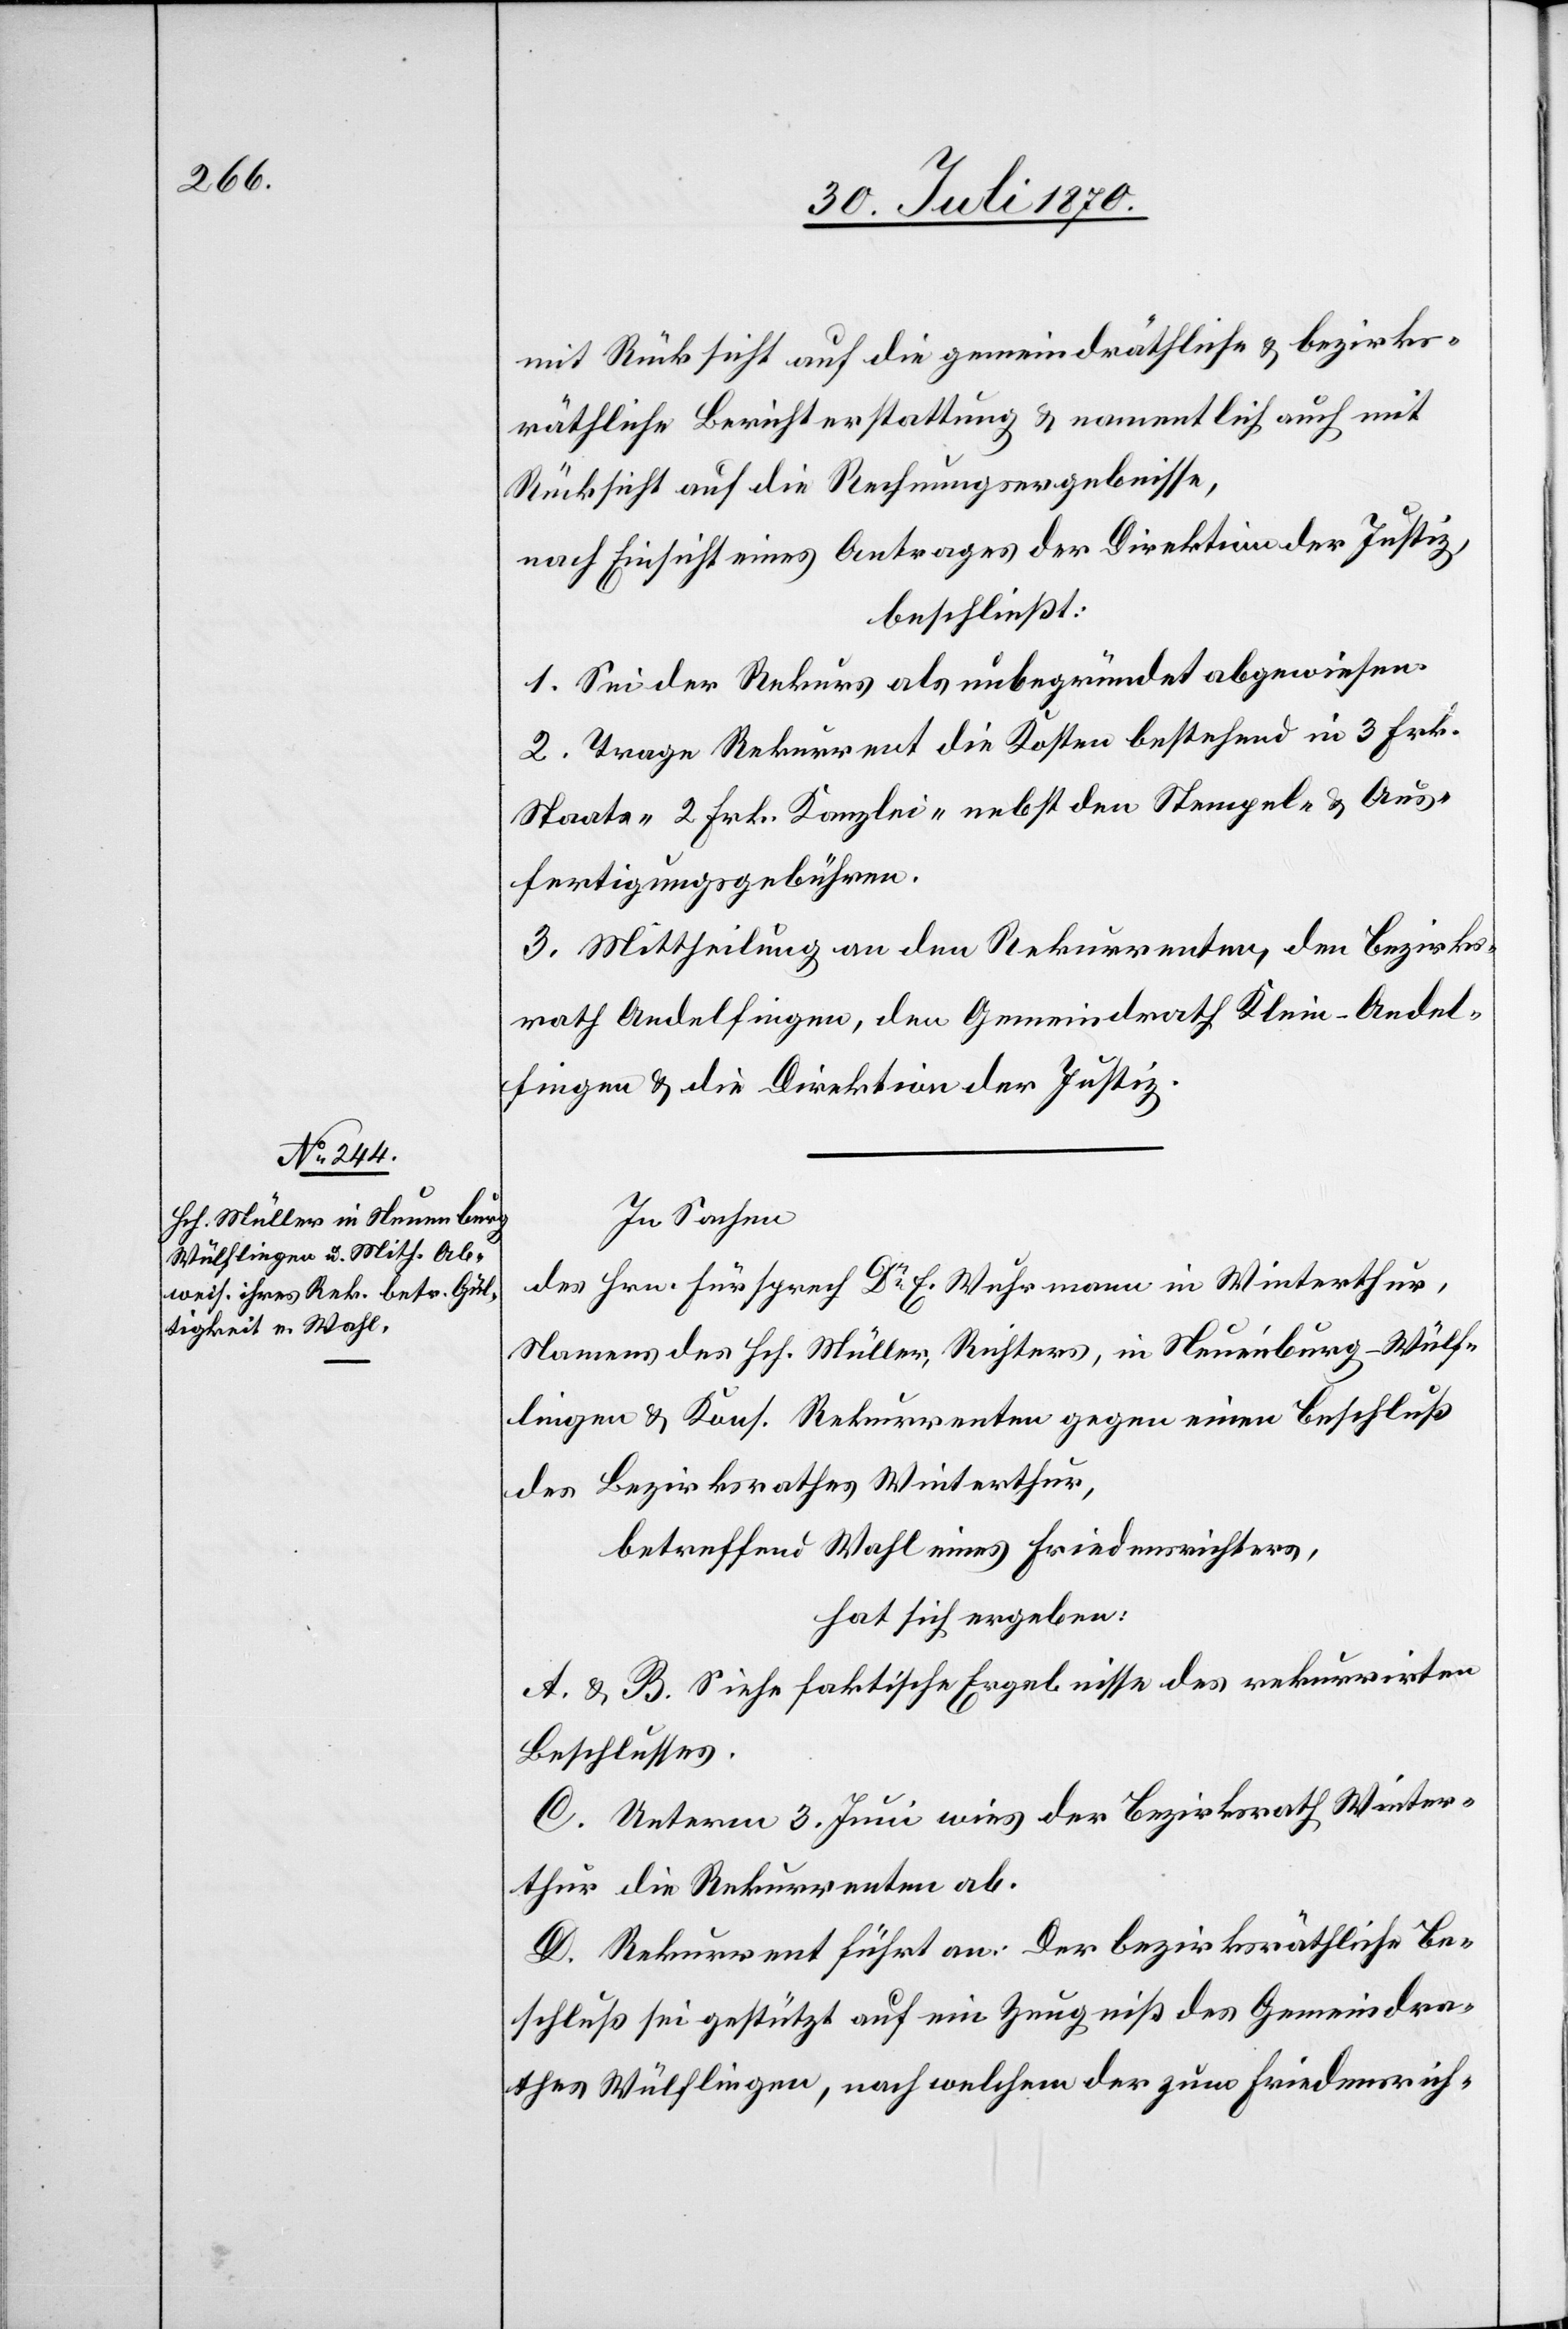
mit Rücksicht auf die gemeindräthliche & bezirks¬
räthliche Berichterstattung & namentlich auch mit
Rücksicht auf die Rechnungsergebnisse,
nach Einsicht eines Antrages der Direktion der Justiz,
beschließt:
1. Sei der Rekurs als unbegründet abgewiesen.
2. Trage Rekurrent die Kosten bestehend in 3 Frk.
Staats- 2 Frk. Kanzlei- nebst den Stempel- & Aus¬
fertigungsgebühren.
3. Mittheilung an den Rekurrenten, den Bezirks¬
rath Andelfingen, den Gemeindrath Klein-Andel¬
fingen & die Direktion der Justiz.
In Sachen
des Hrn. Fürsprech Dr E. Wuhrmann in Winterthur,
Namens des Hch. Müller, Richters, in Neuenburg - Wülf¬
lingen & Kons. Rekurrenten gegen einen Beschluß
des Bezirksrathes Winterthur,
betreffend Wahl eines Friedensrichters,
hat sich ergeben:
A. & B. Siehe faktische Ergebnisse des rekurrirten
Beschlusses.
C. Unterm 3. Juni wies der Bezirksrath Winter¬
thur die Rekurrenten ab.
D. Rekurrent führt an: Der bezirksräthliche Be¬
schluß sei gestützt auf ein Zeugniß des Gemeindra¬
thes Wülflingen, nach welchem der zum Friedensrich-